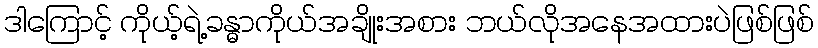
ဒါကြောင့် ကိုယ့်ရဲ့ခန္ဓာကိုယ်အချိုးအစား ဘယ်လိုအနေအထားပဲဖြစ်ဖြစ်